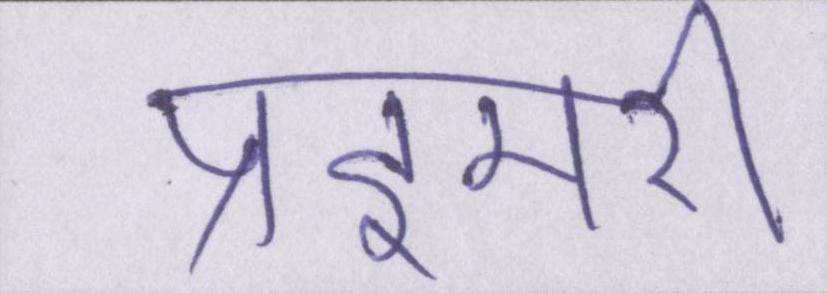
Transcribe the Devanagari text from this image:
प्राइमरी